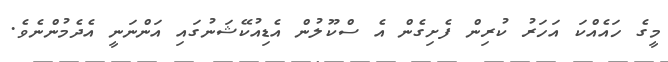
މީގެ ހައެއްކަ އަހަރު ކުރިން ފެށިގެން އެ ސްކޫލުން އެޑިއުކޭޝަނުގައި އަންނަނީ އެދެމުންނެވެ.